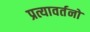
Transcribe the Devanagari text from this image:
प्रत्यावर्तनों